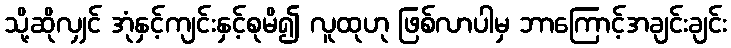
သို့ဆိုလျှင် အုံနှင့်ကျင်းနှင့်စုမိ၍ လူထုဟု ဖြစ်လာပါမှ ဘာကြောင့်အချင်းချင်း